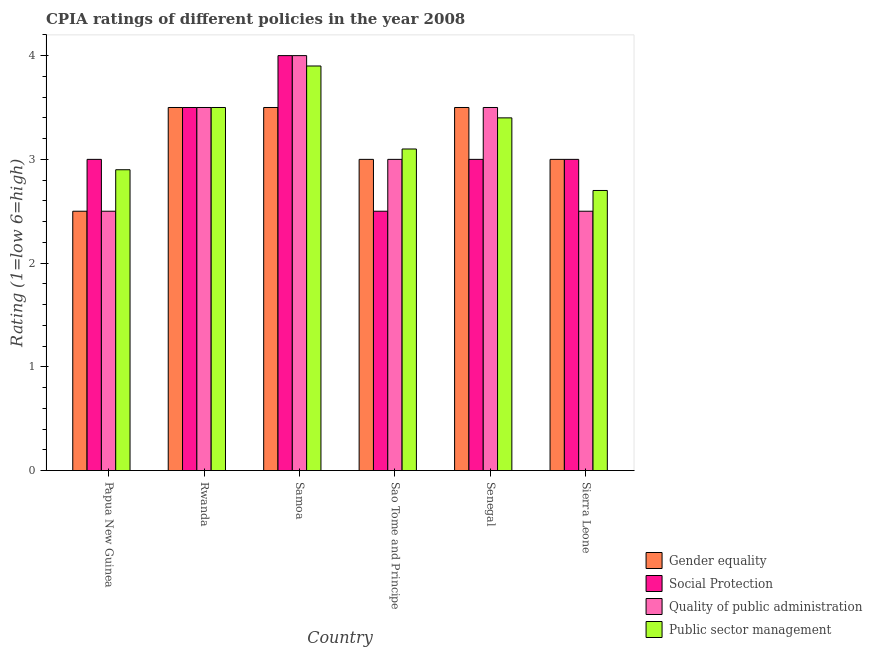
| Country | Gender equality | Social Protection | Quality of public administration | Public sector management |
 | --- | --- | --- | --- | --- |
 | Papua New Guinea | 2.5 | 3 | 2.5 | 2.9 |
 | Rwanda | 3.5 | 3.5 | 3.5 | 3.5 |
 | Samoa | 3.5 | 4 | 4 | 3.9 |
 | Sao Tome and Principe | 3 | 2.5 | 3 | 3.1 |
 | Senegal | 3.5 | 3 | 3.5 | 3.4 |
 | Sierra Leone | 3 | 3 | 2.5 | 2.7 |